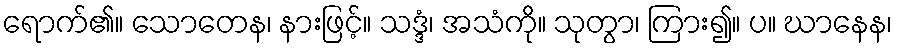
ရောက်၏။ သောတေန၊ နားဖြင့်။ သဒ္ဒံ၊ အသံကို။ သုတွာ၊ ကြား၍။ ပ။ ဃာနေန၊